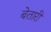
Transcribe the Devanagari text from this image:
बेतारी